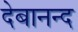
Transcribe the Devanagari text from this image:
देबानन्द